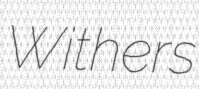
Withers